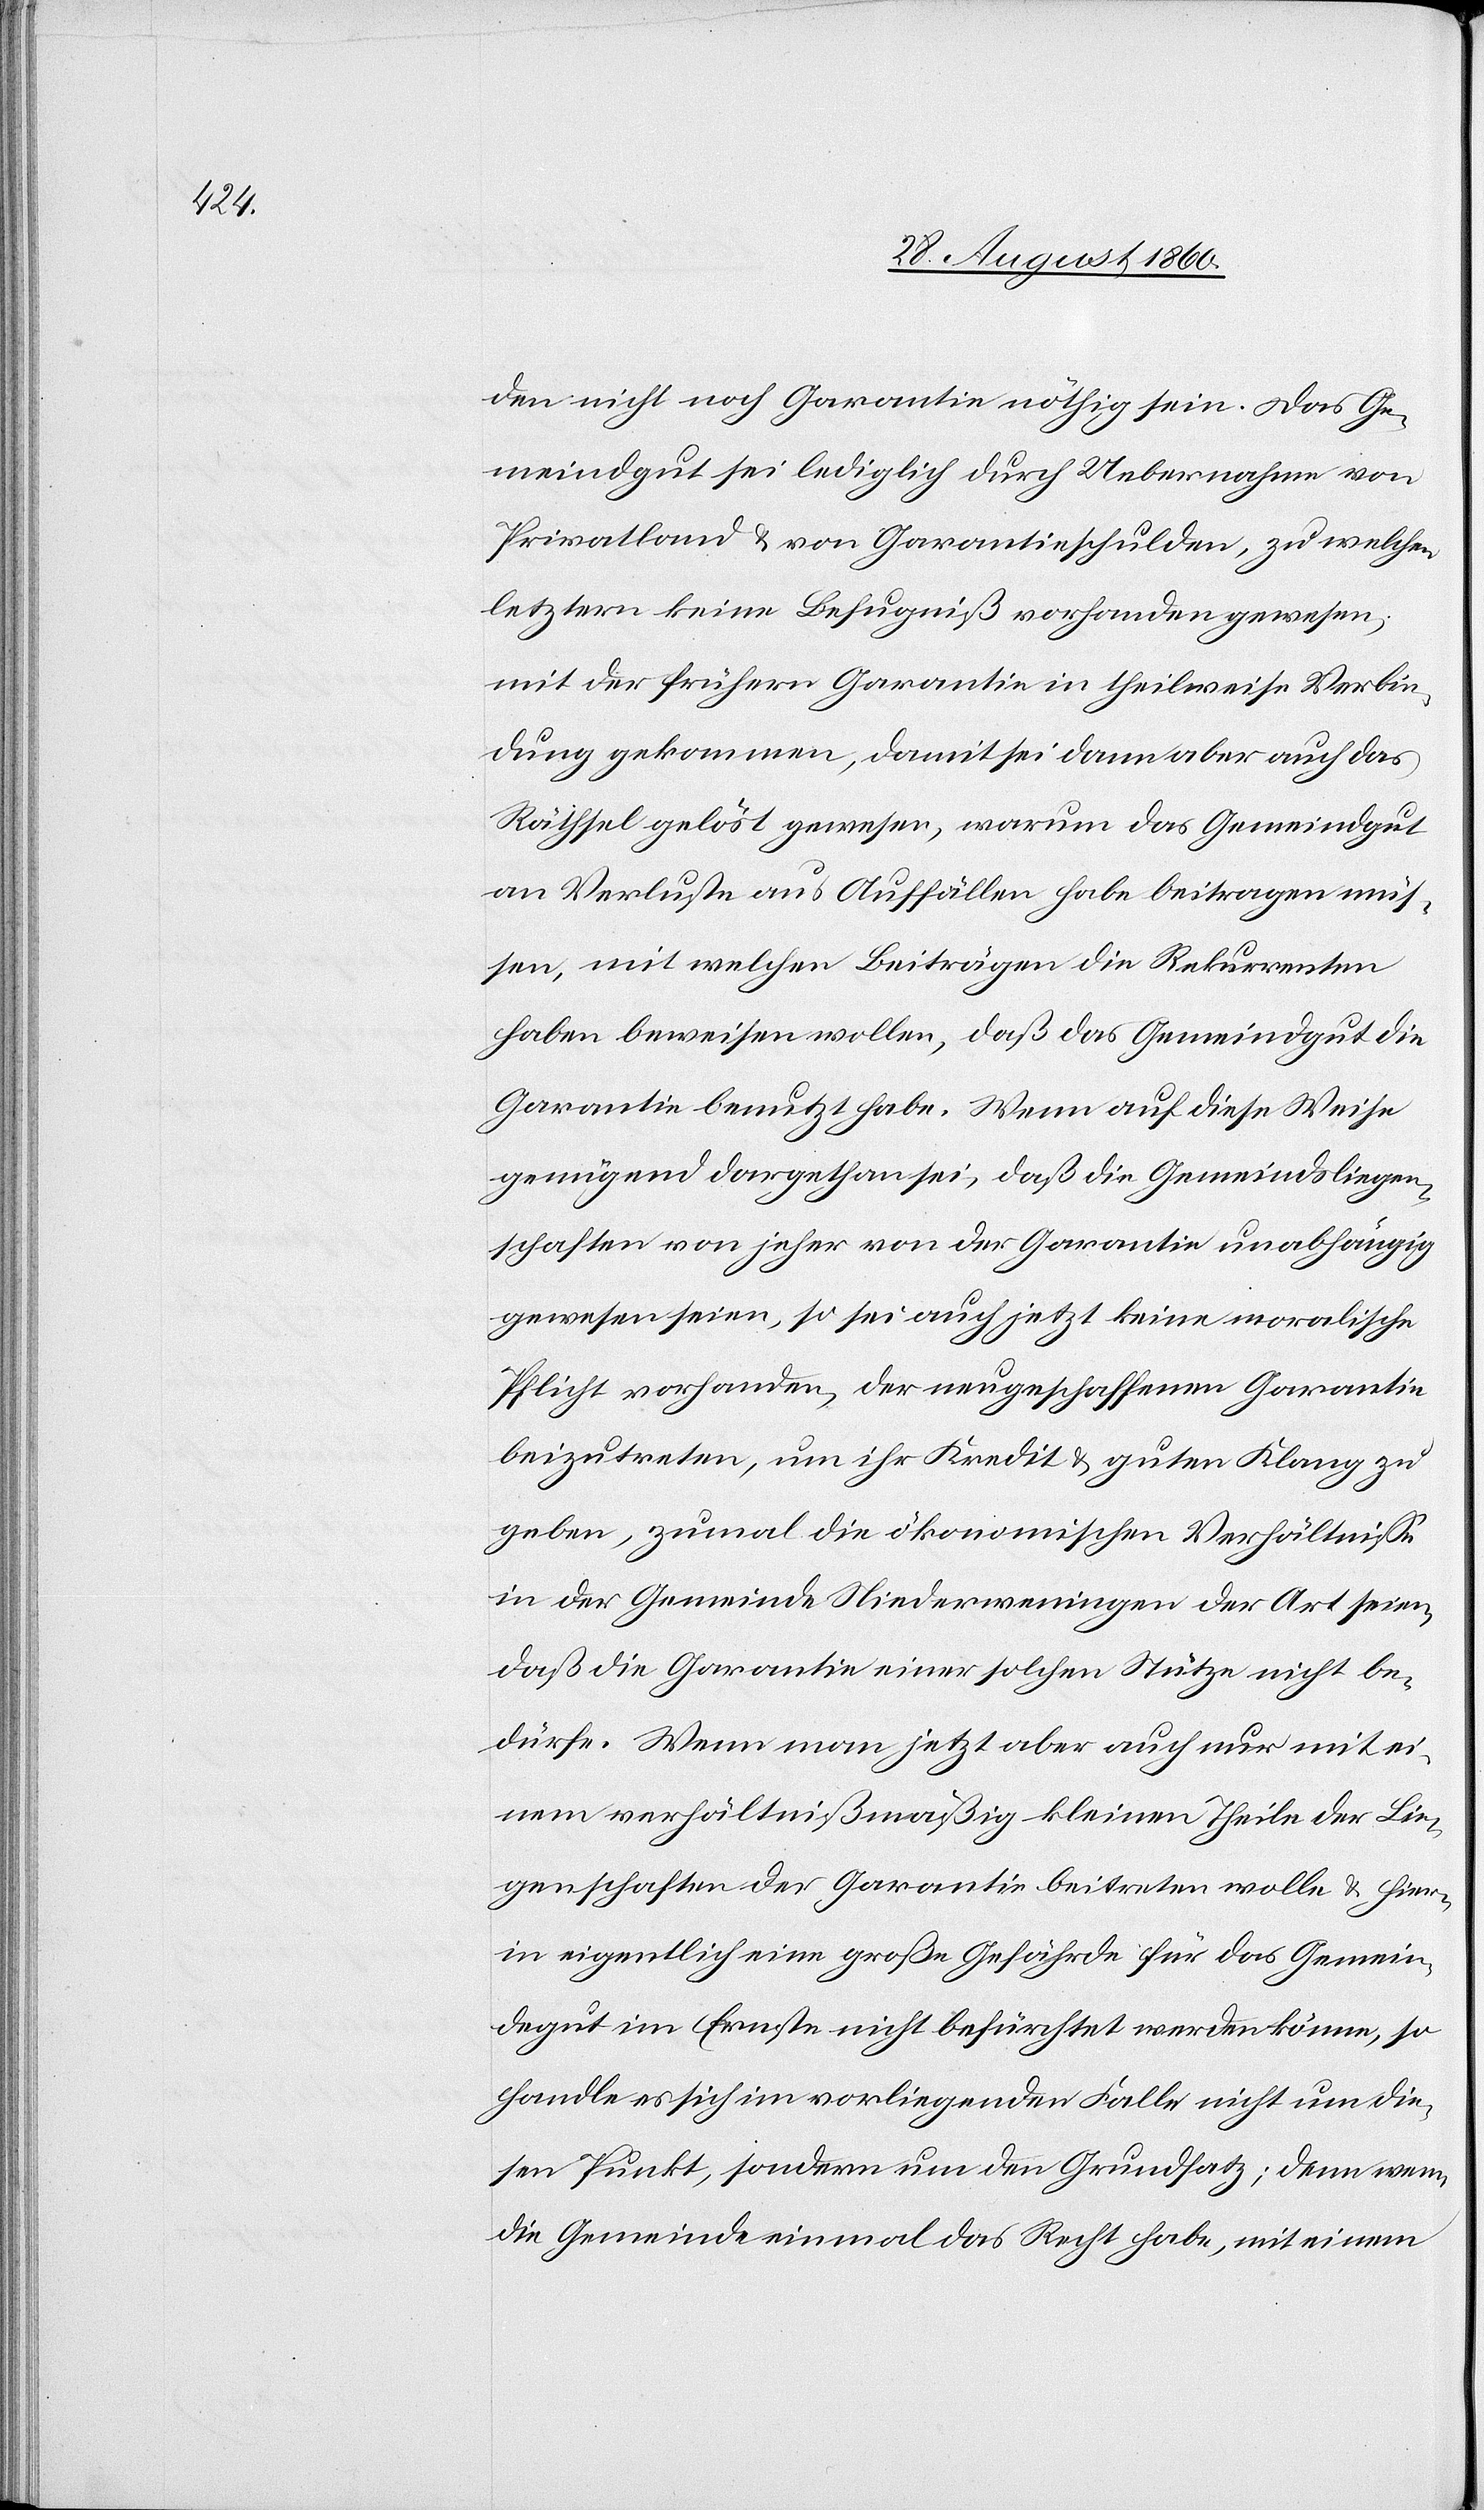
pfan¬

den nicht noch Garantie nöthig sein. Das Ge¬
meindgut sei lediglich durch Uebernahme von
Privatland u. von Garantieschulden, zu welchen
letztern keine Befugniss vorhanden gewesen,
mit der frühern Garantie in theilweise Verbin¬
dung gekommen, damit sei dann aber auch das
Räthsel gelöst gewesen, warum das Gemeindgut
an Verluste aus Auffällen habe beitragen müs¬
sen, mit welchen Beiträgen die Rekurrenten
haben beweisen wollen, dass das Gemeindgut die
Garantie benutzt habe. Wenn auf diese Weise
genügend dargethan sei, dass die Gemeindsliegen¬
schaften von jeher von der Garantie unabhängig
gewesen seien, so sei auch jetzt keine moralische
Pflicht vorhanden, der neugeschaffenen Garantie
beizutreten, um ihr Kredit u. guten Klang zu
geben, zumal die oekonomischen Verhältnisse
in der Gemeinde Niederweningen der Art seien,
dass die Garantie einer solchen Stütze nicht be¬
dürfe. Wenn man jetzt aber auch nur mit ei¬
nem Verhältnissmässig kleinen Theile der Lie¬
genschaften der Garantie beitreten wolle u. hier¬
in eigentlich eine grosse Gefährde für das Gemein¬
dgut im Ernste nicht befürchtet werden könne, so
handle es sich im vorliegenden Falle nicht um die¬
sen Punkt, sondern um den Grundsatz; denn wenn
die Gemeinde einmal das Recht habe, mit einem